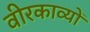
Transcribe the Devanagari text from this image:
वीरकाव्यों